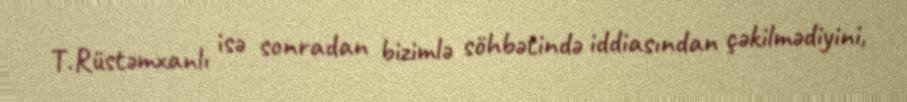
T.Rüstəmxanlı isə sonradan bizimlə söhbətində iddiasından çəkilmədiyini,